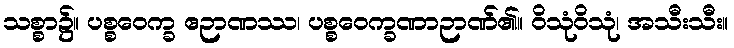
သစ္စာ၌။ ပစ္စဝေက္ခ ဧဉာဏဿ၊ ပစ္စဝေက္ခဏာဉာဏ်၏။ ဝိသုံဝိသုံ၊ အသီးသီး။